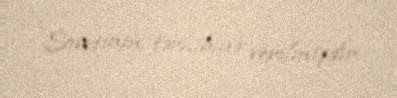
Sovetinin tərkibinə verilmişdir.